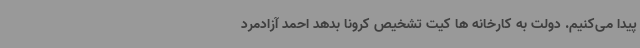
پیدا می‌کنیم. دولت به کارخانه ها کیت تشخیص کرونا بدهد احمد آزادمرد